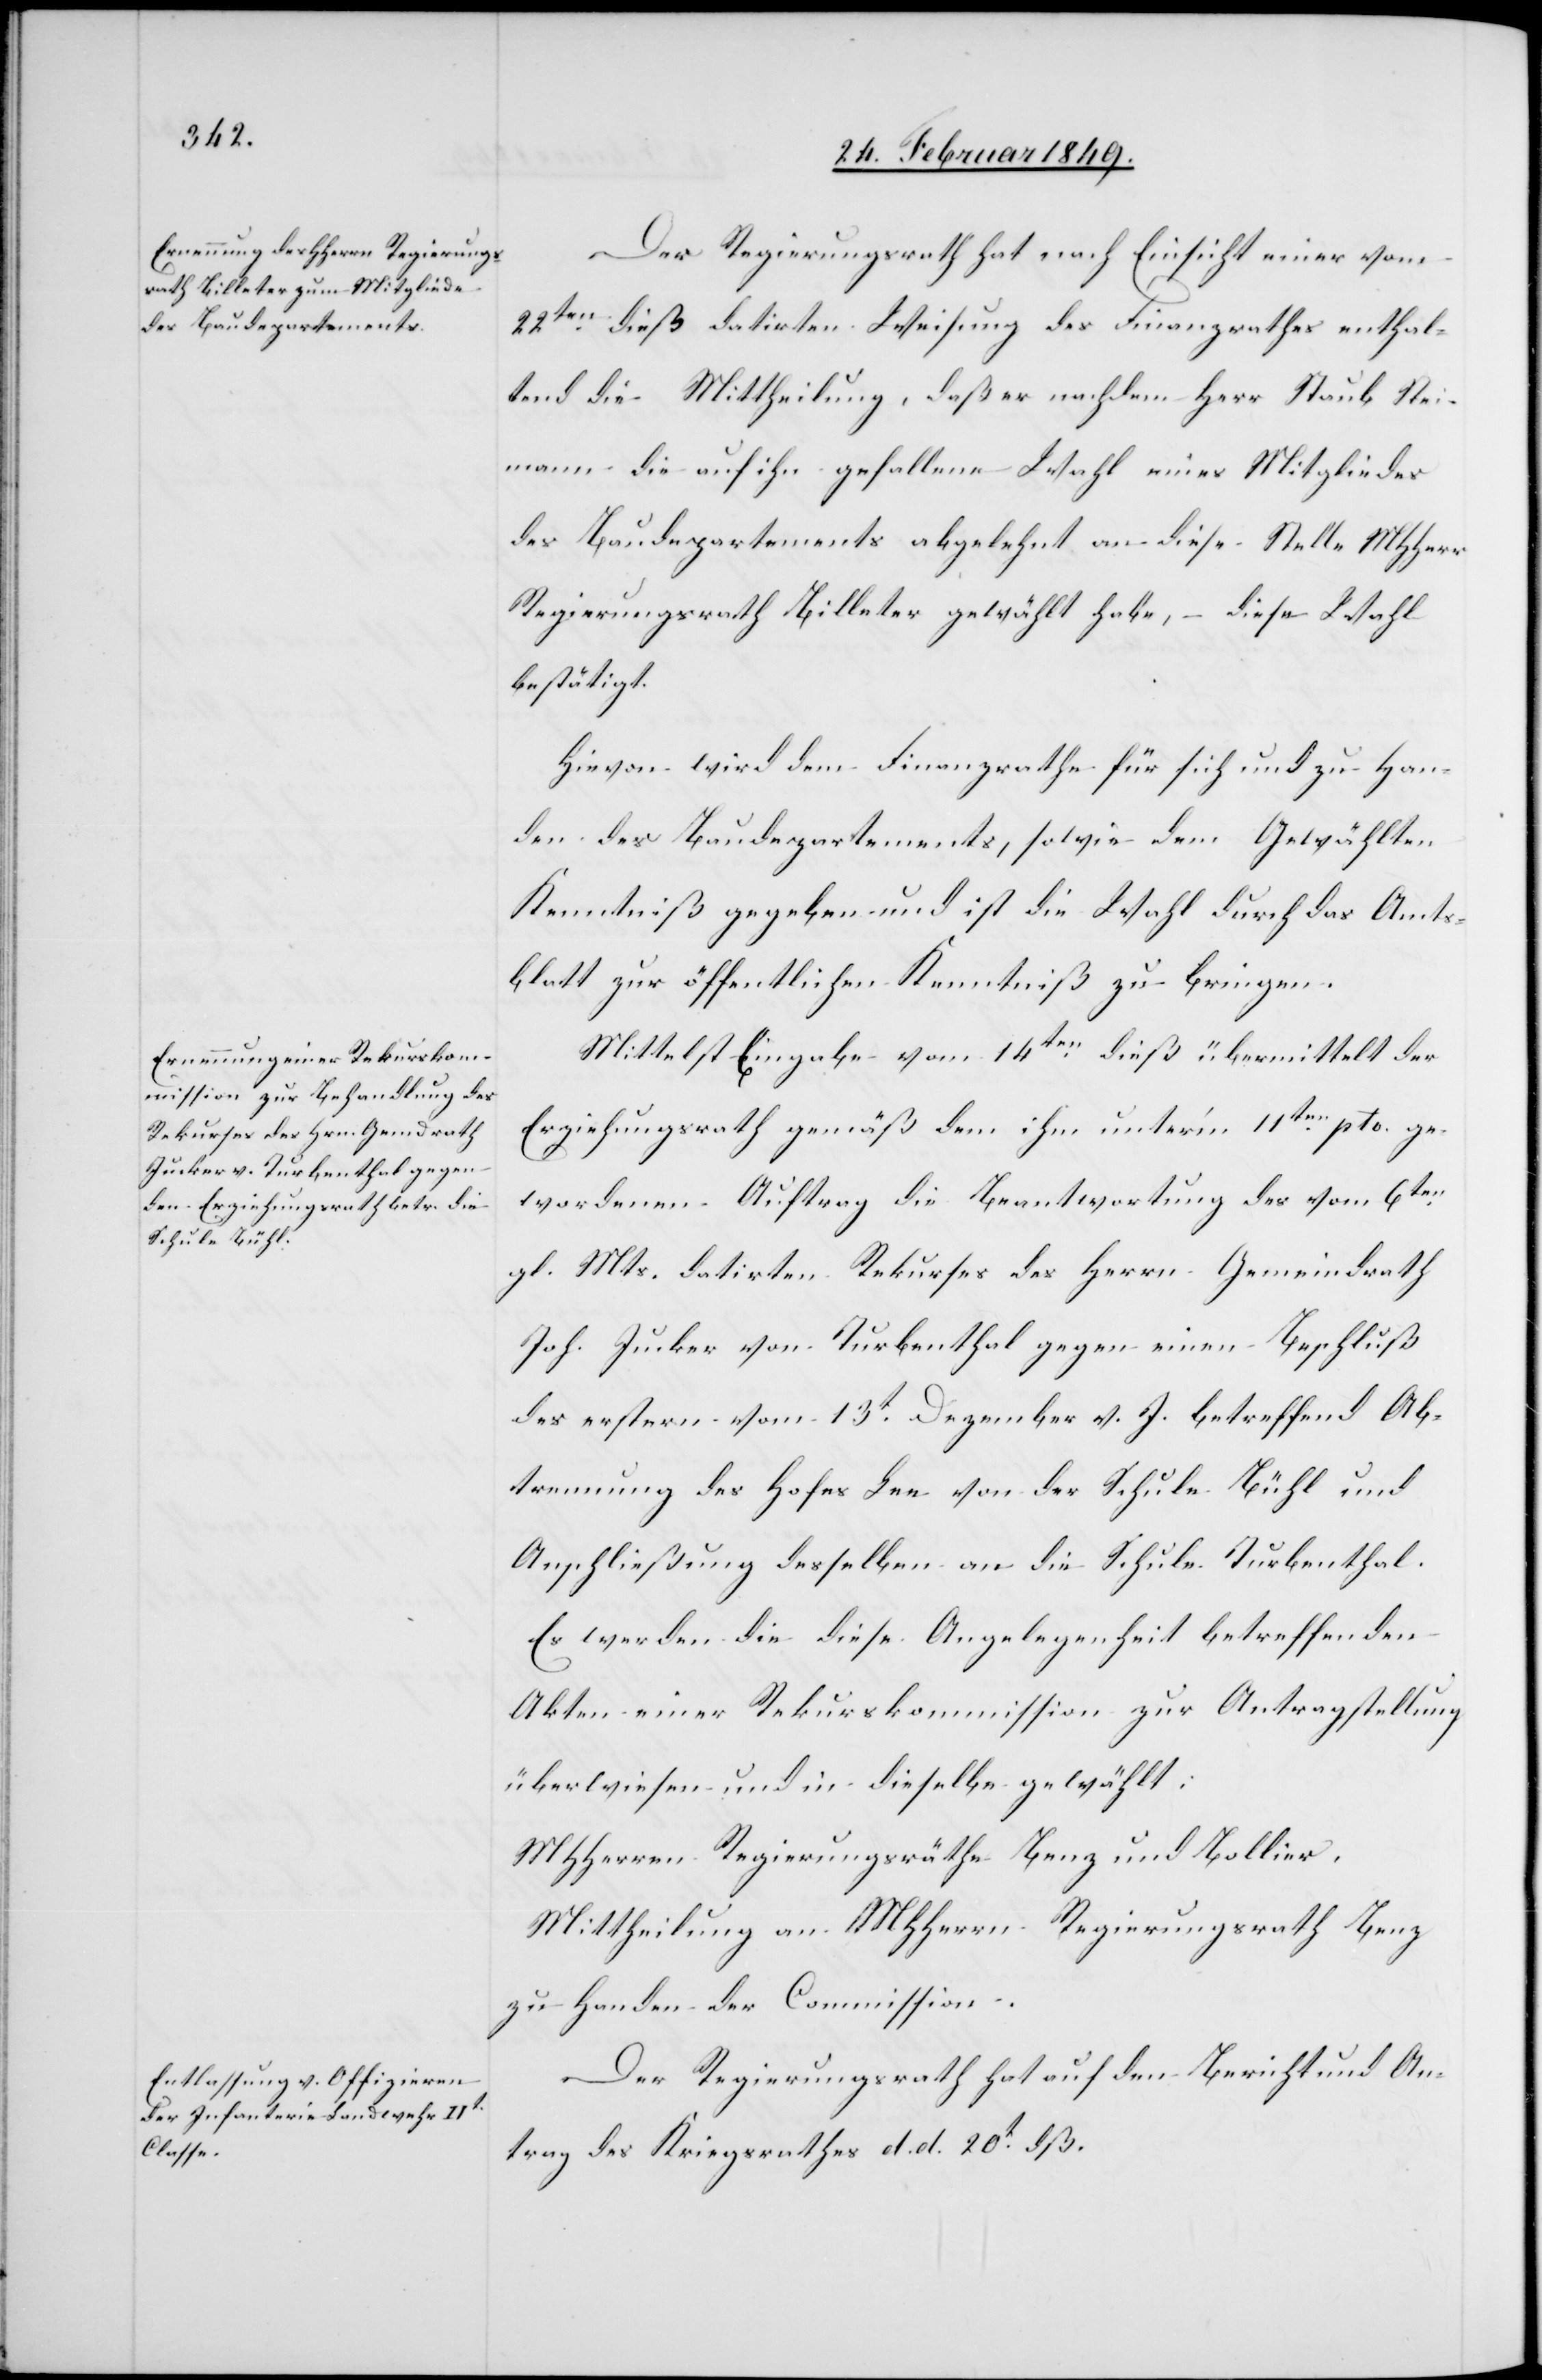
Der Regierungsrath hat nach Einsicht einer vom
22ten. dieß datirten Weisung des Finanzrathes enthal¬
tend die Mittheilung, daß er nachdem Herr Staub Ste¬
i[n]mann die auf ihn gefallene Wahl eines Mitgliedes
des Baudepartements abgelehnt an diese Stelle MHHerr
Regierungsrath Billeter gewählt habe, – diese Wahl
bestätigt.
Hievon wird dem Finanzrathe für sich und zu Han¬
den des Baudepartements, sowie dem Gewählten
Kenntniß gegeben und ist die Wahl durch das Amts¬
blatt zur öffentlichen Kenntniß zu bringen.
Mittelst Eingabe vom 14ten. dieß übermittelt der
Erziehungsrath gemäß dem ihm unter’m 11ten. pto ge¬
wordenen Auftrag die Beantwortung des vom 6ten.
gl. Mts. datirten Rekurses des Herrn Gemeindrath
Joh. Jucker von Turbenthal gegen einen Beschluß
des erstern vom 13t. Dezember v. J. betreffend Ab¬
trennung des Hofes Lee von der Schule Bühl und
Anschließung desselben an die Schule Turbenthal.
Es werden die diese Angelegenheit betreffenden
Akten einer Rekurskommission zur Antragstellung
überwiesen und in dieselbe gewählt:
MHHerren Regierungsräthe Benz und Bollier.
Mittheilung an MHHerrn Regierungsrath Benz
zu Handen der Commission.
Der Regierungsrath hat auf den Bericht und An¬
trag des Kriegsrathes d. d. 20t. dß.